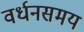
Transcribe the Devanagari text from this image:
वर्धनसमय